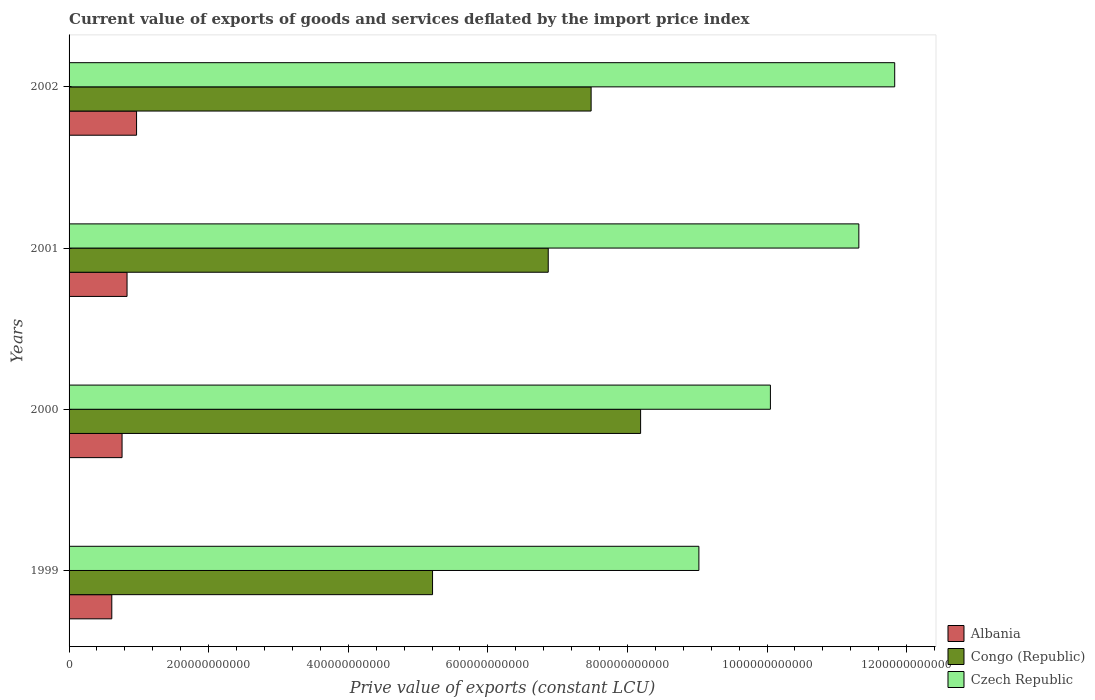
| Years | Albania | Congo (Republic) | Czech Republic |
 | --- | --- | --- | --- |
 | 1999 | 6.12e+10 | 5.21e+11 | 9.02e+11 |
 | 2000 | 7.59e+10 | 8.19e+11 | 1e+12 |
 | 2001 | 8.31e+10 | 6.87e+11 | 1.13e+12 |
 | 2002 | 9.67e+10 | 7.48e+11 | 1.18e+12 |